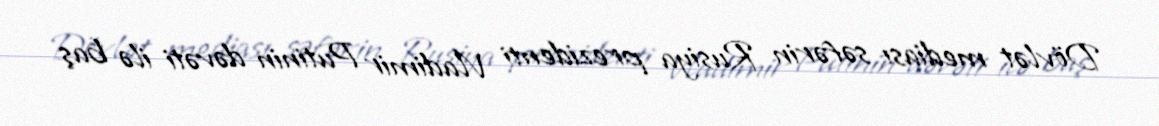
Dövlət mediası səfərin Rusiya prezidenti Vladimir Putinin dəvəti ilə baş